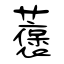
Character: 藵